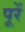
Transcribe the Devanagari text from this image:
पूरें